Annual report on the working of the lock hospitals in the Central Provinces
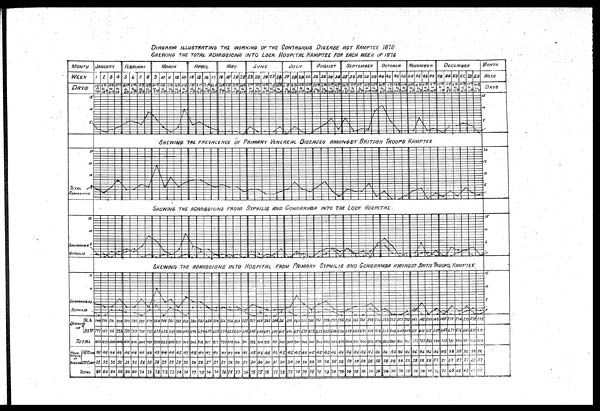
DIAGRAM ILLUSTRATING THE WORKING OF THE CONTAGIOUS DISEASE ACT KAMPTEE 1876
SHEWI NG THE TOTAL ADMI SSI ONS I NTRO LOCK . HOSPI TAL KAMPTEE FOR EACH WEEK OF 1876